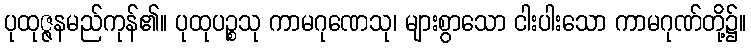
ပုထုဇ္ဇနမည်ကုန်၏။ ပုထုပဉ္စသု ကာမဂုဏေသု၊ များစွာသော ငါးပါးသော ကာမဂုဏ်တို့၌။